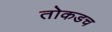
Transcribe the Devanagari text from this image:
तोकडच